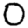
Digit: 0